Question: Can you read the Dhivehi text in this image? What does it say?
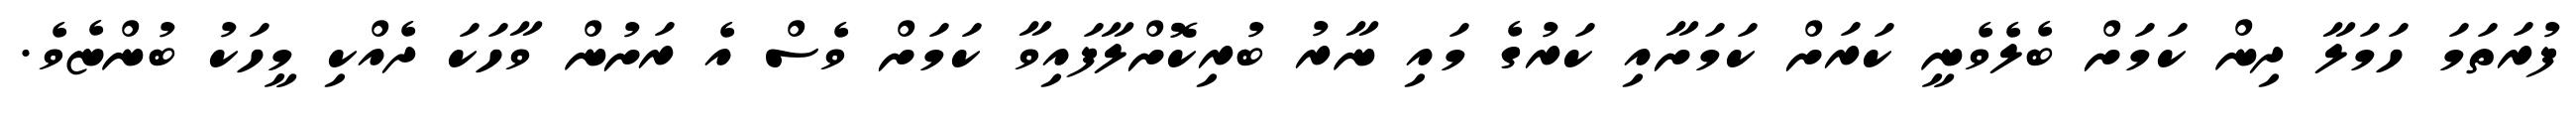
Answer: ފުރަތަމަ ހަމަލާ ދިން ކަމަށް ބެލެވެނީ ކަރަށް ކަމަށާއި ކަރުގެ މައި ނާރު ބުރިކޮށްލާފައިވާ ކަމަށް ވެސް އެ ރަށުން ވާހަކަ ދެއްކި މީހަކު ބުންޏެވެ.